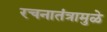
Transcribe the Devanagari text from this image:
रचनातंत्रामुळे